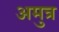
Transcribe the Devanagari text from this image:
अमुत्र